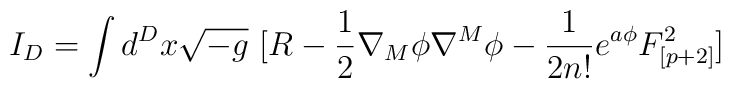
I_D=\int d^D x \sqrt{-g}~ [R-{1\over 2} \nabla_M \phi \nabla^M \phi-{1 \over 2 n!} e^{a \phi} F^2_{[p+2]}]